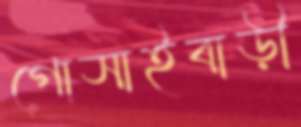
গোসাইবাড়ী